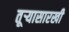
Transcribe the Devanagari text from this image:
तूऱ्यासारखी